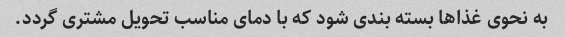
به نحوی غذاها بسته بندی شود که با دمای مناسب تحویل مشتری گردد.